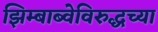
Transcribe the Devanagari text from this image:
झिम्बाब्वेविरुद्धच्या